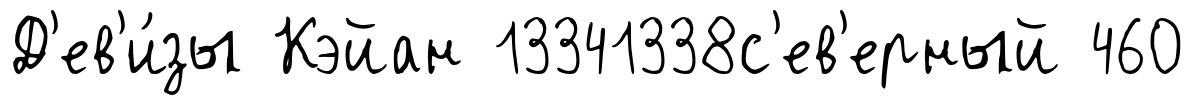
Д'ев'и́зы Кэйан 13341338с'ев'ерный 460